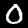
Digit: 0